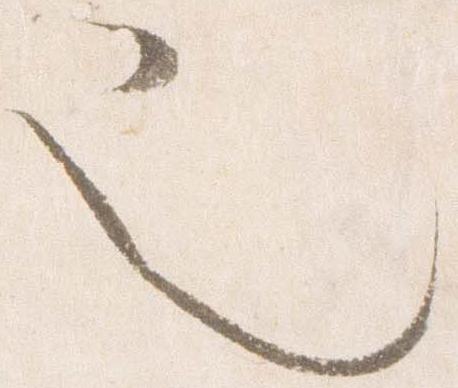
也